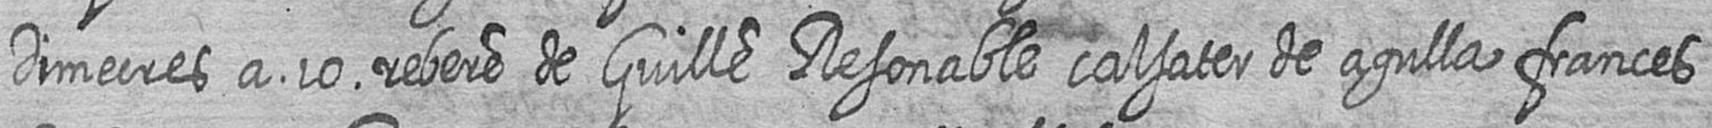
dimecres a 10 rebere de Guille Resonable calsater de agulla frances